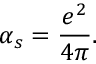
\alpha _ { s } = { \frac { e ^ { 2 } } { 4 \pi } } .